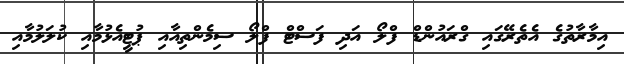
އިމާރާތުގެ އެތެރޭގައި ގްރައުންޑް ފްލޯ އަދި ފަސްޓް ފްލޯ ސިމެންތިއާއި ޕުޓީއެޅުމާއި ކުލަލުމާއި